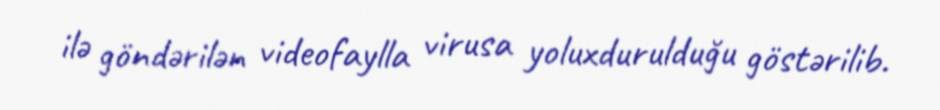
ilə göndərilən videofaylla virusa yoluxdurulduğu göstərilib.